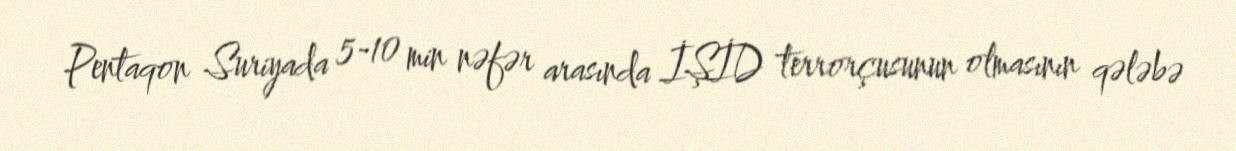
Pentaqon Suriyada 5-10 min nəfər arasında İŞİD terrorçusunun olmasının qələbə